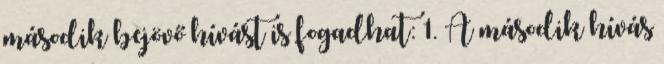
második bejövő hívást is fogadhat: 1. A második hívás